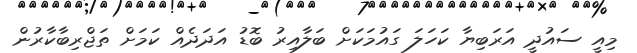
މިއީ ސައުދީ އަރަބިޔާ ކަހަލަ ގައުމަކަށް ބަލާއިރު ބޮޑު އަދަދެއް ކަމަށް ތަޖްރިބާކާރުން